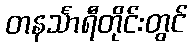
တနင်္သာရီတိုင်းတွင်